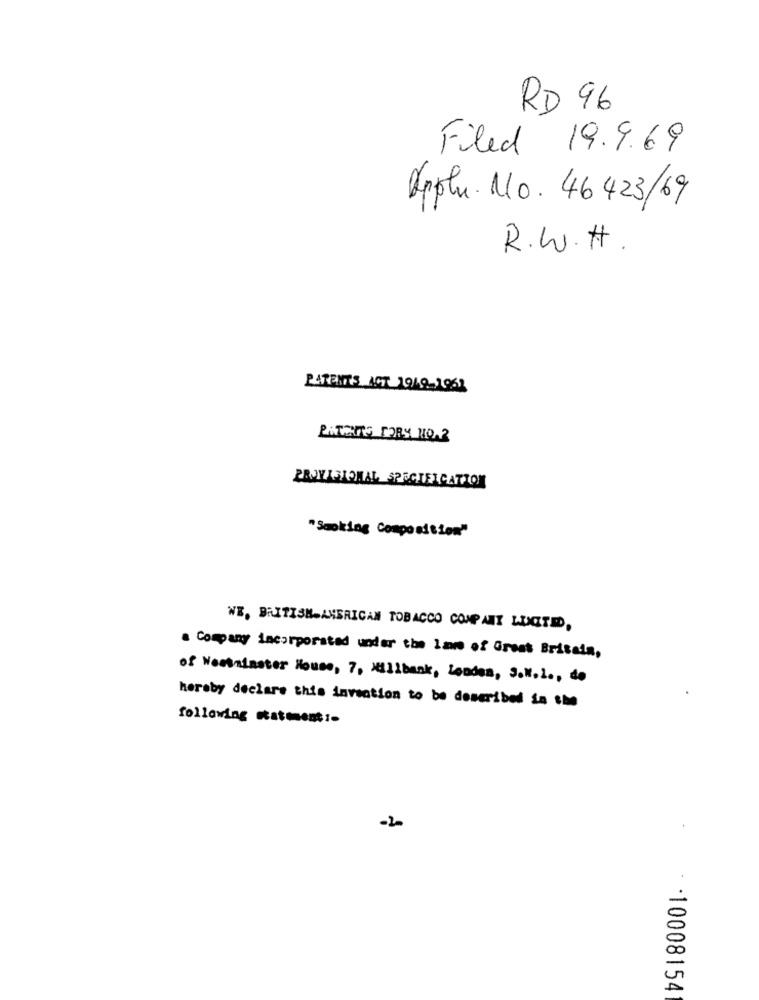
RD 96
Filed 19.9.69
Applu.No. 46423/69
R.W.H.
PARENTS ACT 2019-1963
PATCARS FORY NO.2
PRISTTETOMAL SPECIFICATION
"Smoking Composition"
WE, BRITISH AMERICAN TOBACCO COMPANY LIMITED,
a Company incorporated under the lame of Great Britain,
of Westminster House, 7, Millbank, London, S.W.L ., do
hereby declare this invention to be described in the
following statement :-
-2-
-10008154